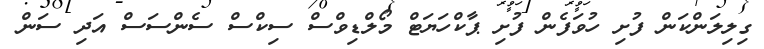
ގިލިލަންކަން ފުށި ހުވަފެން ފުށި ޕާކްހަޔަޓް މޯލްޑިވްސް ސިކްސް ސެންސަސް އަދި ސަން